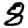
Digit: 8